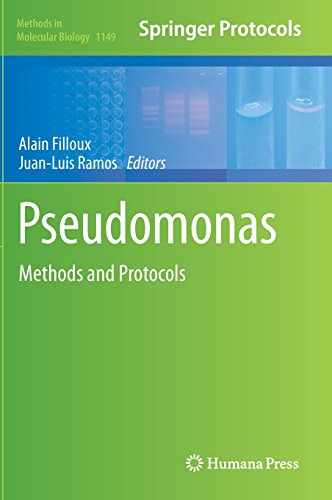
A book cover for Pseudomonas Methods and Protocols (Methods in Molecular Biology); Medical Books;